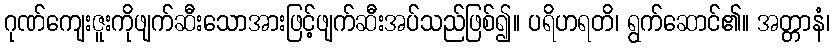
ဂုဏ်ကျေးဇူးကိုဖျက်ဆီးသောအားဖြင့်ဖျက်ဆီးအပ်သည်ဖြစ်၍။ ပရိဟရတိ၊ ရွက်ဆောင်၏။ အတ္တာနံ၊